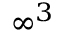
\infty ^ { 3 }